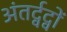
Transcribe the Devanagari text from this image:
अंतर्द्वद्वों